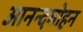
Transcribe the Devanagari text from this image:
आनन्दमोहन